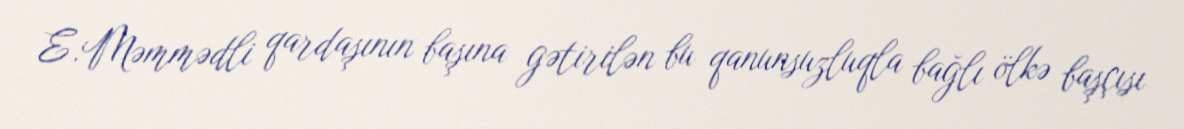
E.Məmmədli qardaşının başına gətirilən bu qanunsuzluqla bağlı ölkə başçısı